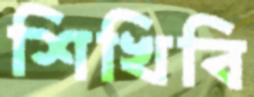
শিখিবি